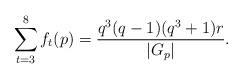
LaTeX: \begin{align*} \sum_{t=3}^{8}f_t(p)=\frac{q^3(q-1)(q^3+1)r}{|G_p|}.\end{align*}